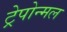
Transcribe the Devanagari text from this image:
ट्रेपोन्मल